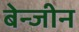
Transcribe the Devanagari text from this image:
बेन्जीन